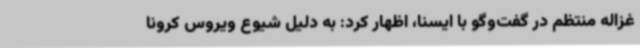
غزاله منتظم در گفت‌وگو با ایسنا، اظهار کرد: به دلیل شیوع ویروس کرونا